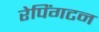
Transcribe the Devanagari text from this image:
रेपिंगटन